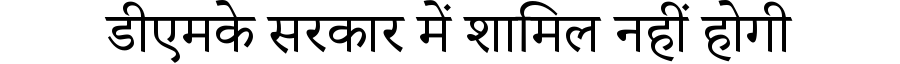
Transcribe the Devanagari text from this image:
डीएमके सरकार में शामिल नहीं होगी